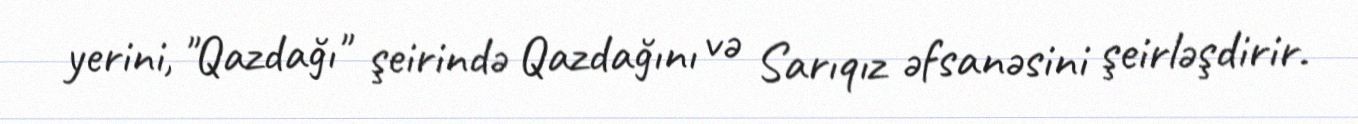
yerini, "Qazdağı" şeirində Qazdağını və Sarıqız əfsanəsini şeirləşdirir.